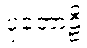
ပုတောဠိ